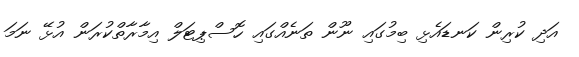
އަދި ކުރިން ކަނޑައެޅި ބިމުގައި ނޫން ތަނެއްގައި ހޮސްޕިޓަލް އިމާރާތްކުރަން އުޅޭ ނަމަ